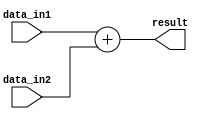
module fixed_point_adder(
    input [n-1:0] data_in1,
    input [n-1:0] data_in2,
    output reg [n:0] result
);

parameter n = 8; // total number of bits

always @(*) begin
    result = data_in1 + data_in2;
end

endmodule